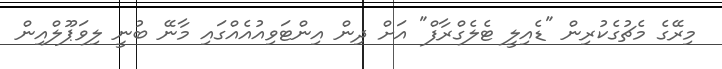
މިރޭގެ މެޗުގެކުރިން "ޑެއިލީ ޓެލެގްރާފް" އަށް ދިން އިންޓަވިއުއެއްގައި މާނޭ ބުނީ ލިވަޕޫލްއިން